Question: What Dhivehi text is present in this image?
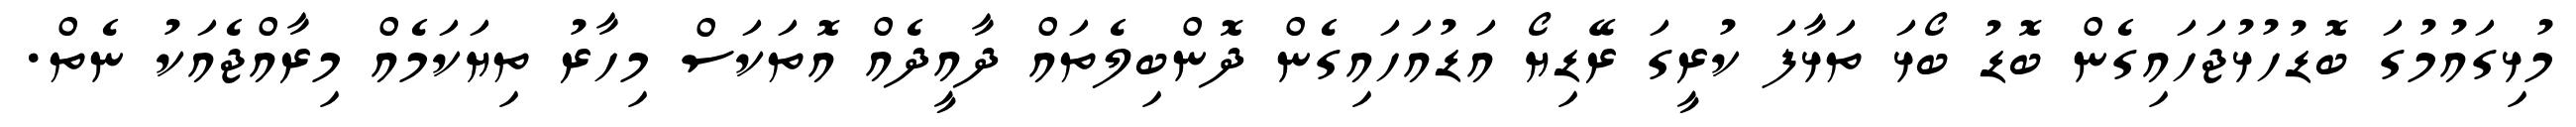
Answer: މުޅިގައުމުގަ ބޮޑުހުޅުޖަހައިގެން ބޮޑު ބޯޅަ ތަޅާފަ ކުރީގަ ރޭޑިޔޯ އަޑުއަހައިގެން ދޮންބިލެތައް ދާއީދެއް އޮތަކަސް މިހާރު ތިޔަކަމެއް މިރާއްޖެއަކު ނެތް.